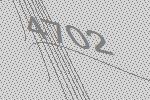
4702